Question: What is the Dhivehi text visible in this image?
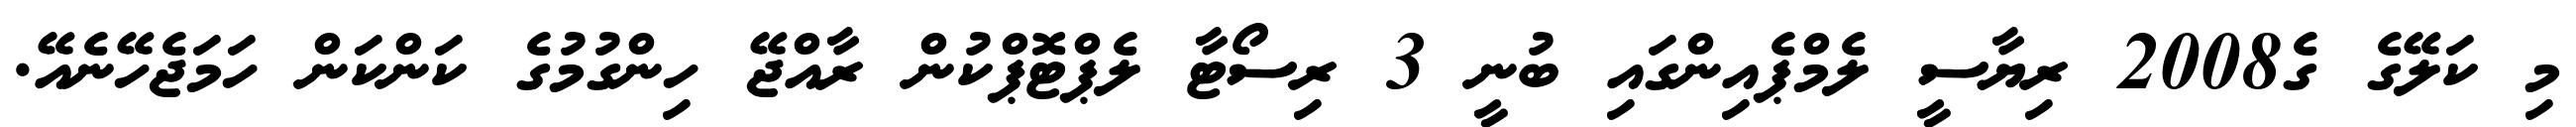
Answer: މި ކަލޭގެ ގެ2008 ރިޔާސީ ލެމްޕެއިންގައި ބުނީ 3 ރިސޯޓާ ލެޕްޓޮޕްކުން ރާއްޖޭ ހިންގުމުގެ ކަންކަން ހަމަޖެހޭނެއޭ.